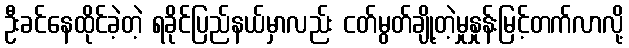
ဦးခင်နေထိုင်ခဲ့တဲ့ ရခိုင်ပြည်နယ်မှာလည်း ငတ်မွတ်ချို့တဲ့မှုနှုန်းမြင့်တက်လာလို့